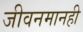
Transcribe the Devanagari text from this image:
जीवनमानही